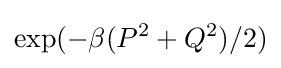
\exp(-\beta (P^{2}+Q^{2})/2)